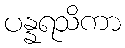
ပန္နရသိကာ